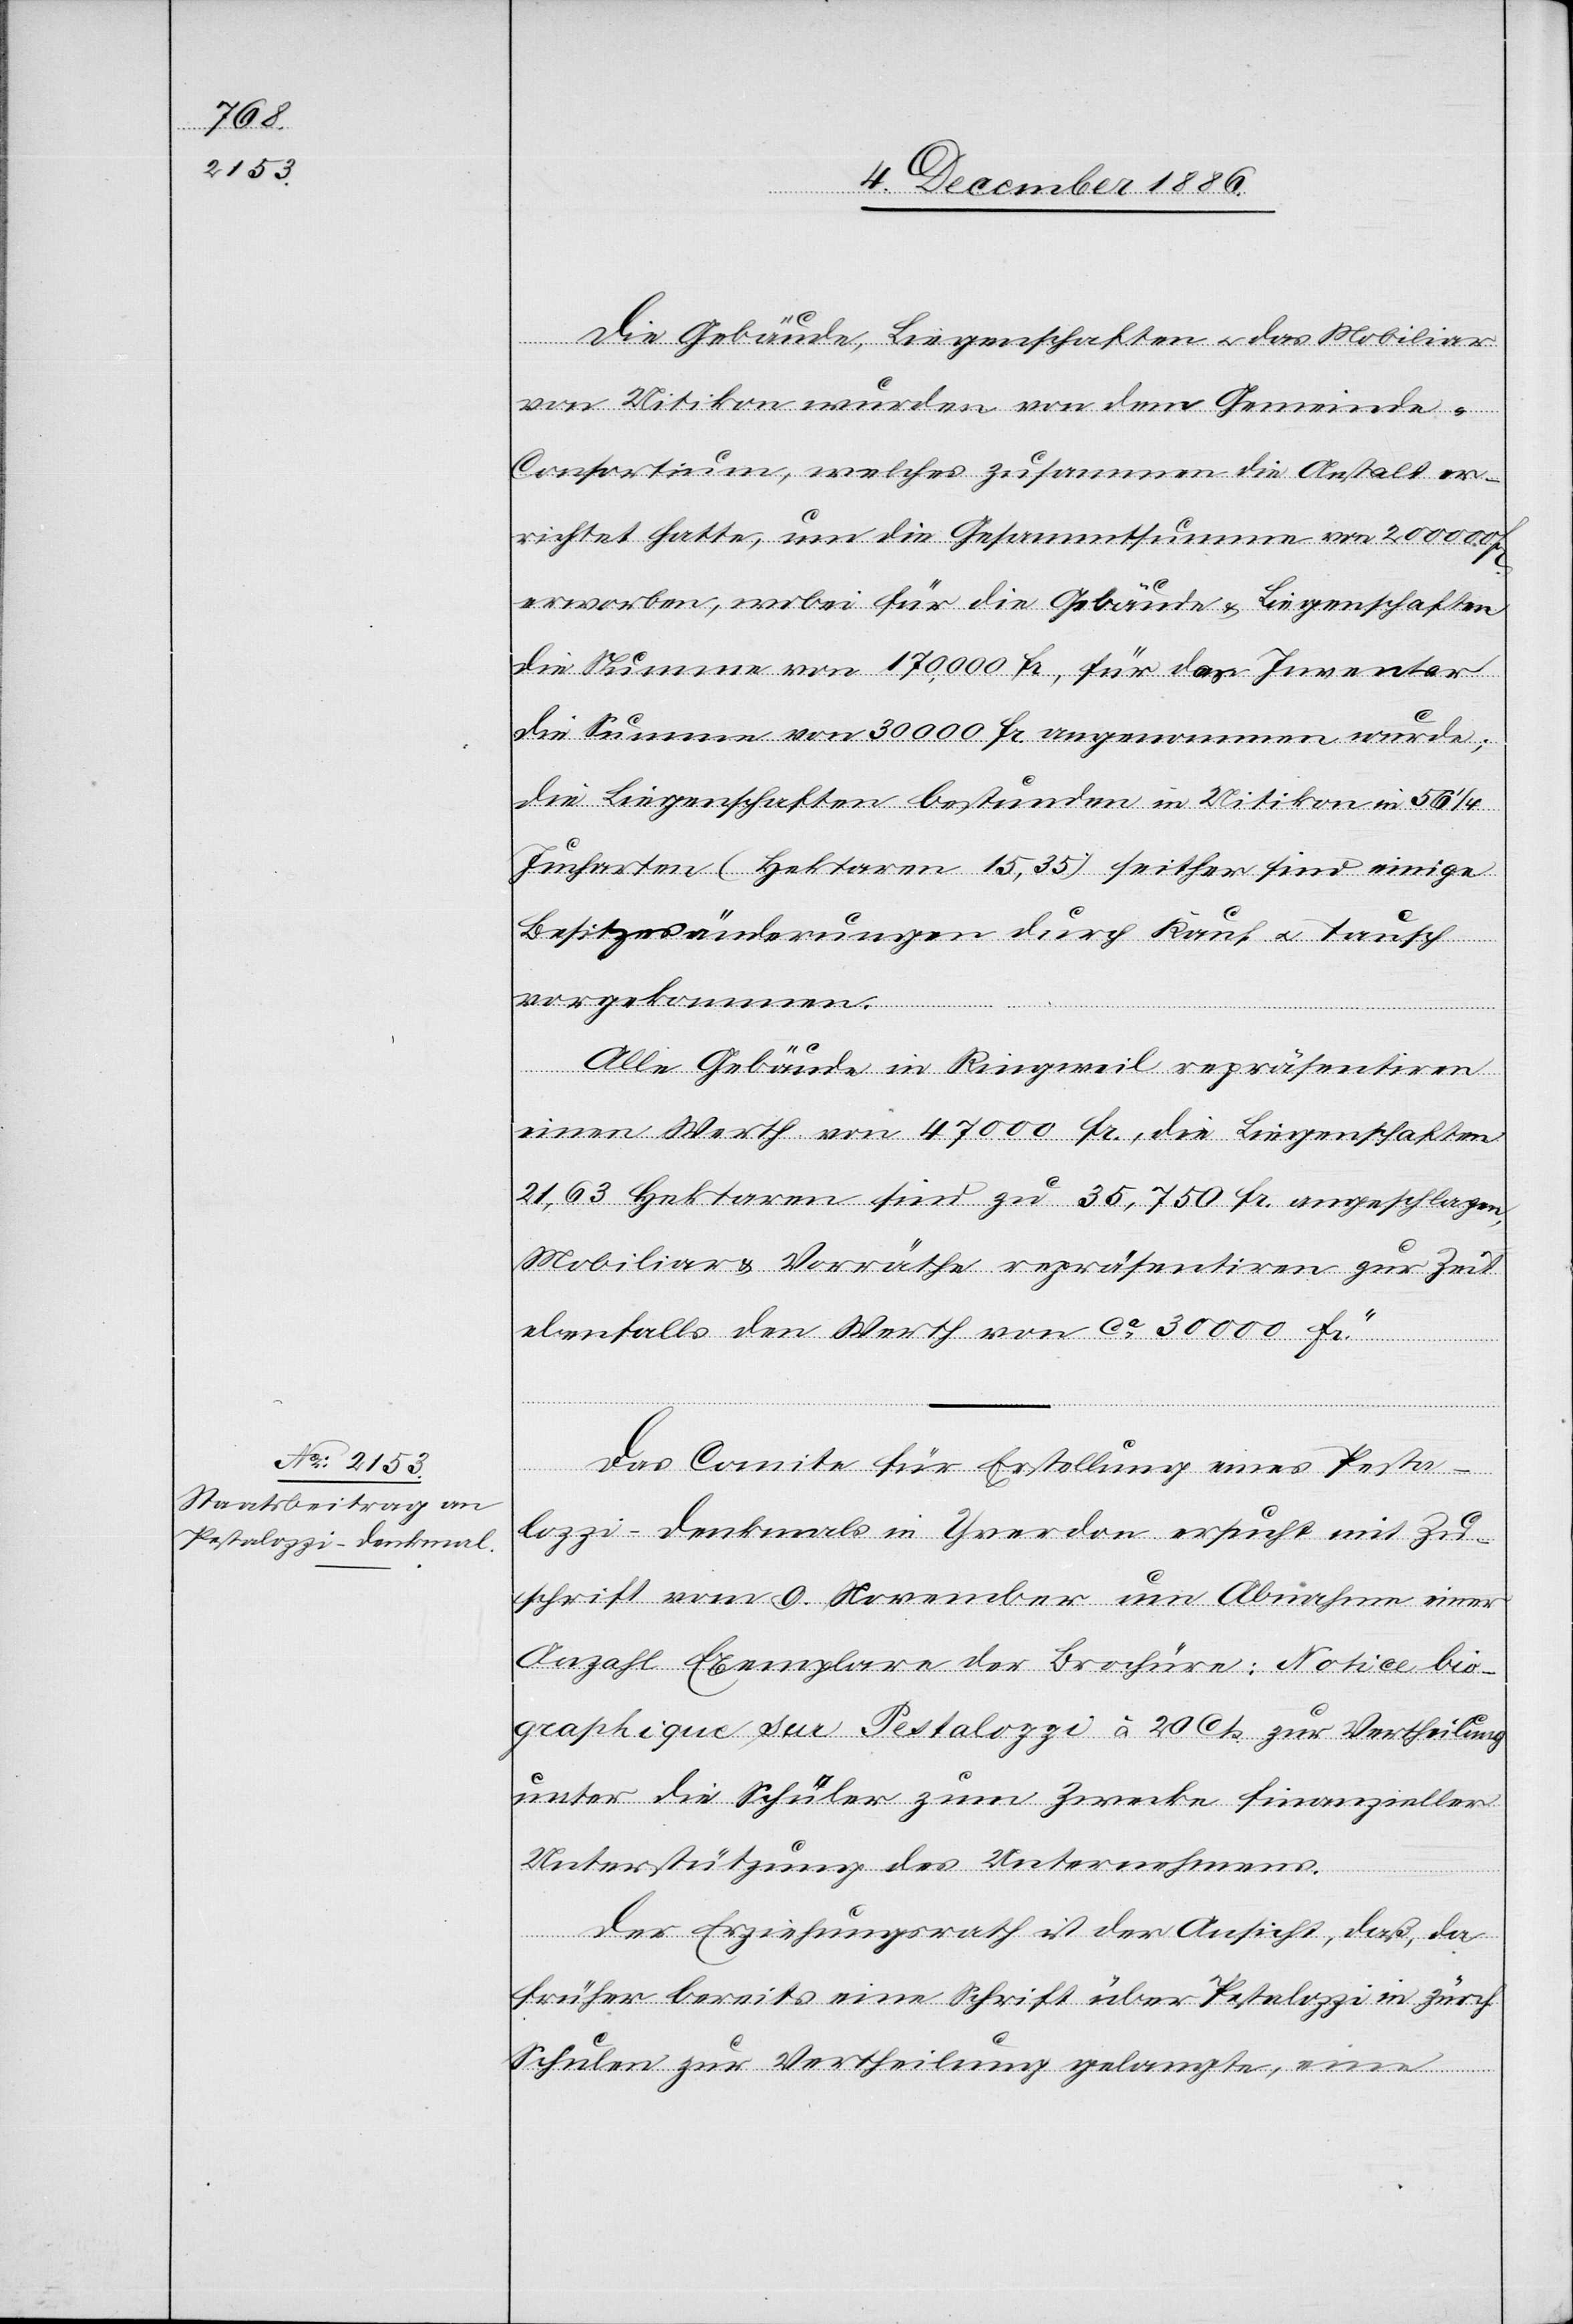
Die Gebäude, Liegenschaften & das Mobiliar
von Uitikon wurden von dem Gemeinde-C¬
onsortium, welches zusammen die Anstalt er¬
richtet hatte, um die Gesammtsumme von 200 000 Fr.
erworben, wobei für die Gebäude & Liegenschaften
die Summe von 170,000 Fr., für das Inventar
die Summe von 30 000 Fr. angenommen wurde;
die Liegenschaften bestunden in Uitikon in 56 1/4
Jucharten (Hektaren 15,35) seither sind einige
Besitzesänderungen durch Kauf & Tausch
vorgekommen.
Alle Gebäude in Ringweil repräsentiren
einen Werth von 47 000 Fr., die Liegenschaften
21,63 Hektaren sind zu 35,750 Fr. angeschlagen,
Mobiliar & Vorräthe repräsentiren zur Zeit
ebenfalls den Werth von ca 30 000 Fr.“
Das Comite für Erstellung eines Pesta¬
lozzi-Denkmals in Yverdon ersucht mit Zu¬
schrift vom 9. November um Abnahme einer
Anzahl Exemplare der Brochüre: Notice bio¬
graphique sur Pestalozzi à 20 Cts. zur Vertheilung
unter die Schüler zum Zwecke finanzieller
Unterstützung des Unternehmens.
Der Erziehungsrath ist der Ansicht, daß, da
früher bereits eine Schrift über Pestalozzi in zürch.
Schulen zur Vertheilung gelangte, eine